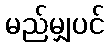
မည်မျှပင်